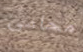
محامى